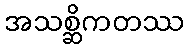
အသစ္ဆိကတဿ